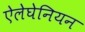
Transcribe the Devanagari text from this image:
ऐलेघेनियन